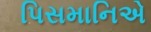
પિસમાનિએ